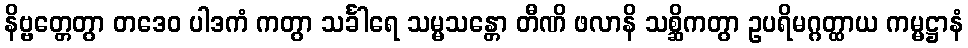
နိဗ္ဗတ္တေတွာ တဒေဝ ပါဒကံ ကတွာ သင်္ခါရေ သမ္မသန္တော တီဏိ ဖလာနိ သစ္ဆိကတွာ ဥပရိမဂ္ဂတ္ထာယ ကမ္မဋ္ဌာနံ